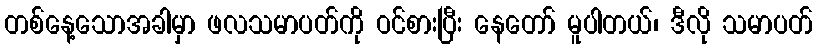
တစ်နေ့သောအခါမှာ ဖလသမာပတ်ကို ဝင်စားပြီး နေတော် မူပါတယ်၊ ဒီလို သမာပတ်